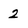
Character: 2